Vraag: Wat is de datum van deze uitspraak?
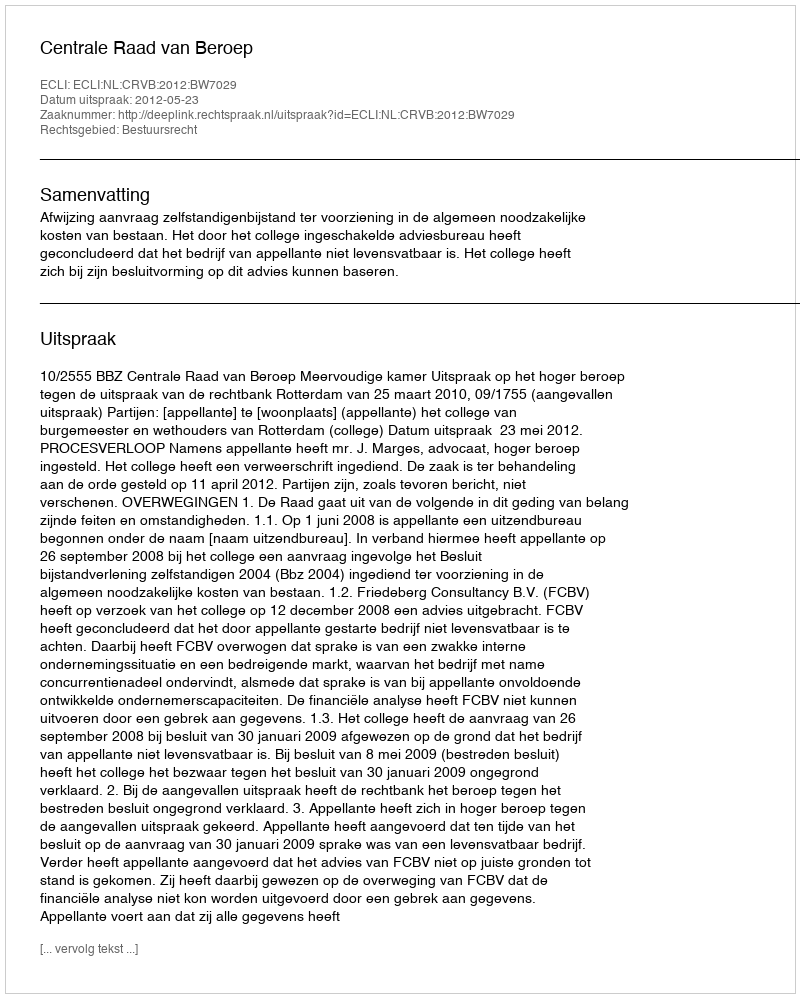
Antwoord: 2012-05-23